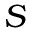
S